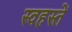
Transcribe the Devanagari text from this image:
स्वहस्तें